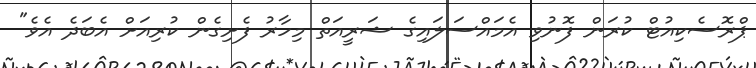
ޕްރޮސެކިއުޓް ކުރަން ފޮނުވި އެމައްސަލައިގެ ޝަރީއަތް މިހާރު ފެށިގެން ކުރިއަށް އެބަދެ އެވެ"